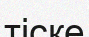
тіске